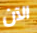
الآن